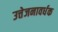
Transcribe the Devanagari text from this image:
उत्तेजनावर्धक